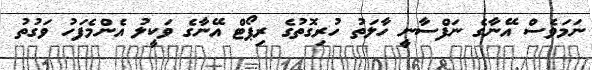
ނަމަވެސް އޭނާގެ ނަފްސާނީ ހާލަތު ހުރިގޮތުގެ ރިޕޯޓް އޭނާގެ ވަކީލު އެންމެފަހު ވަގުތު